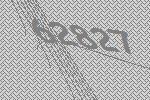
62827